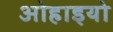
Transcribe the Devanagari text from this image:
ओहाइयो